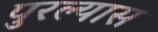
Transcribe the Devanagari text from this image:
पुरल्यास